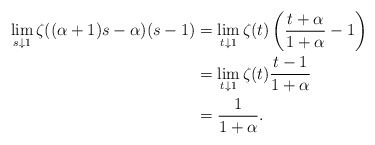
\begin{align*}\lim_{s\downarrow1} \zeta((\alpha+1)s - \alpha)(s-1)&=\lim_{t\downarrow1} \zeta(t)\left(\frac{t+\alpha}{1+\alpha}-1\right)\\&=\lim_{t\downarrow1} \zeta(t)\frac{t-1}{1+\alpha}\\&=\frac{1}{1+\alpha}.\end{align*}